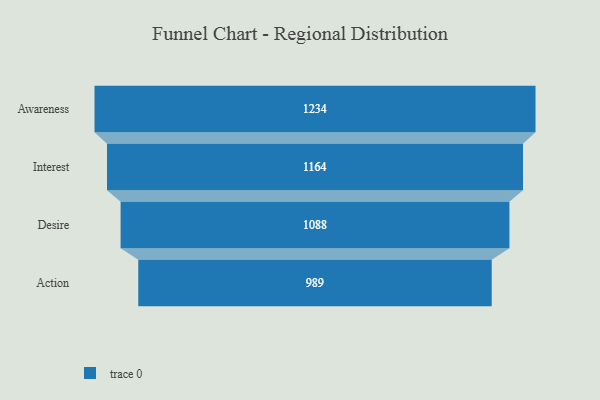
{"axis": {"x": "Stage", "y": "Value"}, "legend": [""], "data": [{"x": "Awareness", "y": 1234.0, "type": ""}, {"x": "Interest", "y": 1164.0, "type": ""}, {"x": "Desire", "y": 1088.0, "type": ""}, {"x": "Action", "y": 989.0, "type": ""}]}